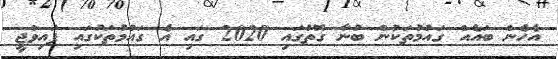
އެހެން ބައެއް ގައުމުތަކުން ބުނާ ގޮތުގައި 2020 ގައި އެ ގައުމުތަކުގައި ފައިވްޖީ